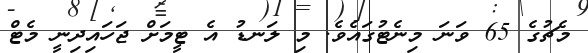
މެޗުގެ 65 ވަނަ މިނެޓުގައެވެ. މި ލަނޑު އެ ޓީމަށް ޖަހައިދިނީ މެޓް